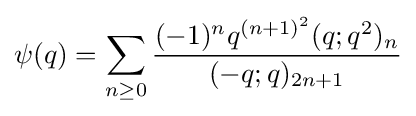
\psi (q)=\sum _{n\geq 0}{\frac {(-1)^{n}q^{(n+1)^{2}}(q;q^{2})_{n}}{(-q;q)_{2n+1}}}